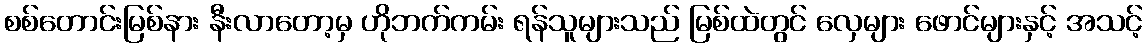
စစ်တောင်းမြစ်နား နီးလာတော့မှ ဟိုဘက်ကမ်း ရန်သူများသည် မြစ်ထဲတွင် လှေများ ဖောင်များနှင့် အသင့်